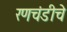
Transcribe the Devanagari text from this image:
रणचंडीचे